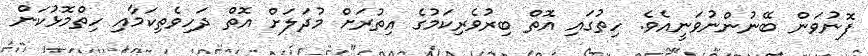
ފޮނުވަން ބޭނުންނުވަނީއެވެ. ހިތުގައި އޮތް ބިރުވެރިކަމުގެ އިތުރަށް މުދަލަށް އޮތް ދަހިވެތިކަމާއި ހިތްމޮޅުކަން